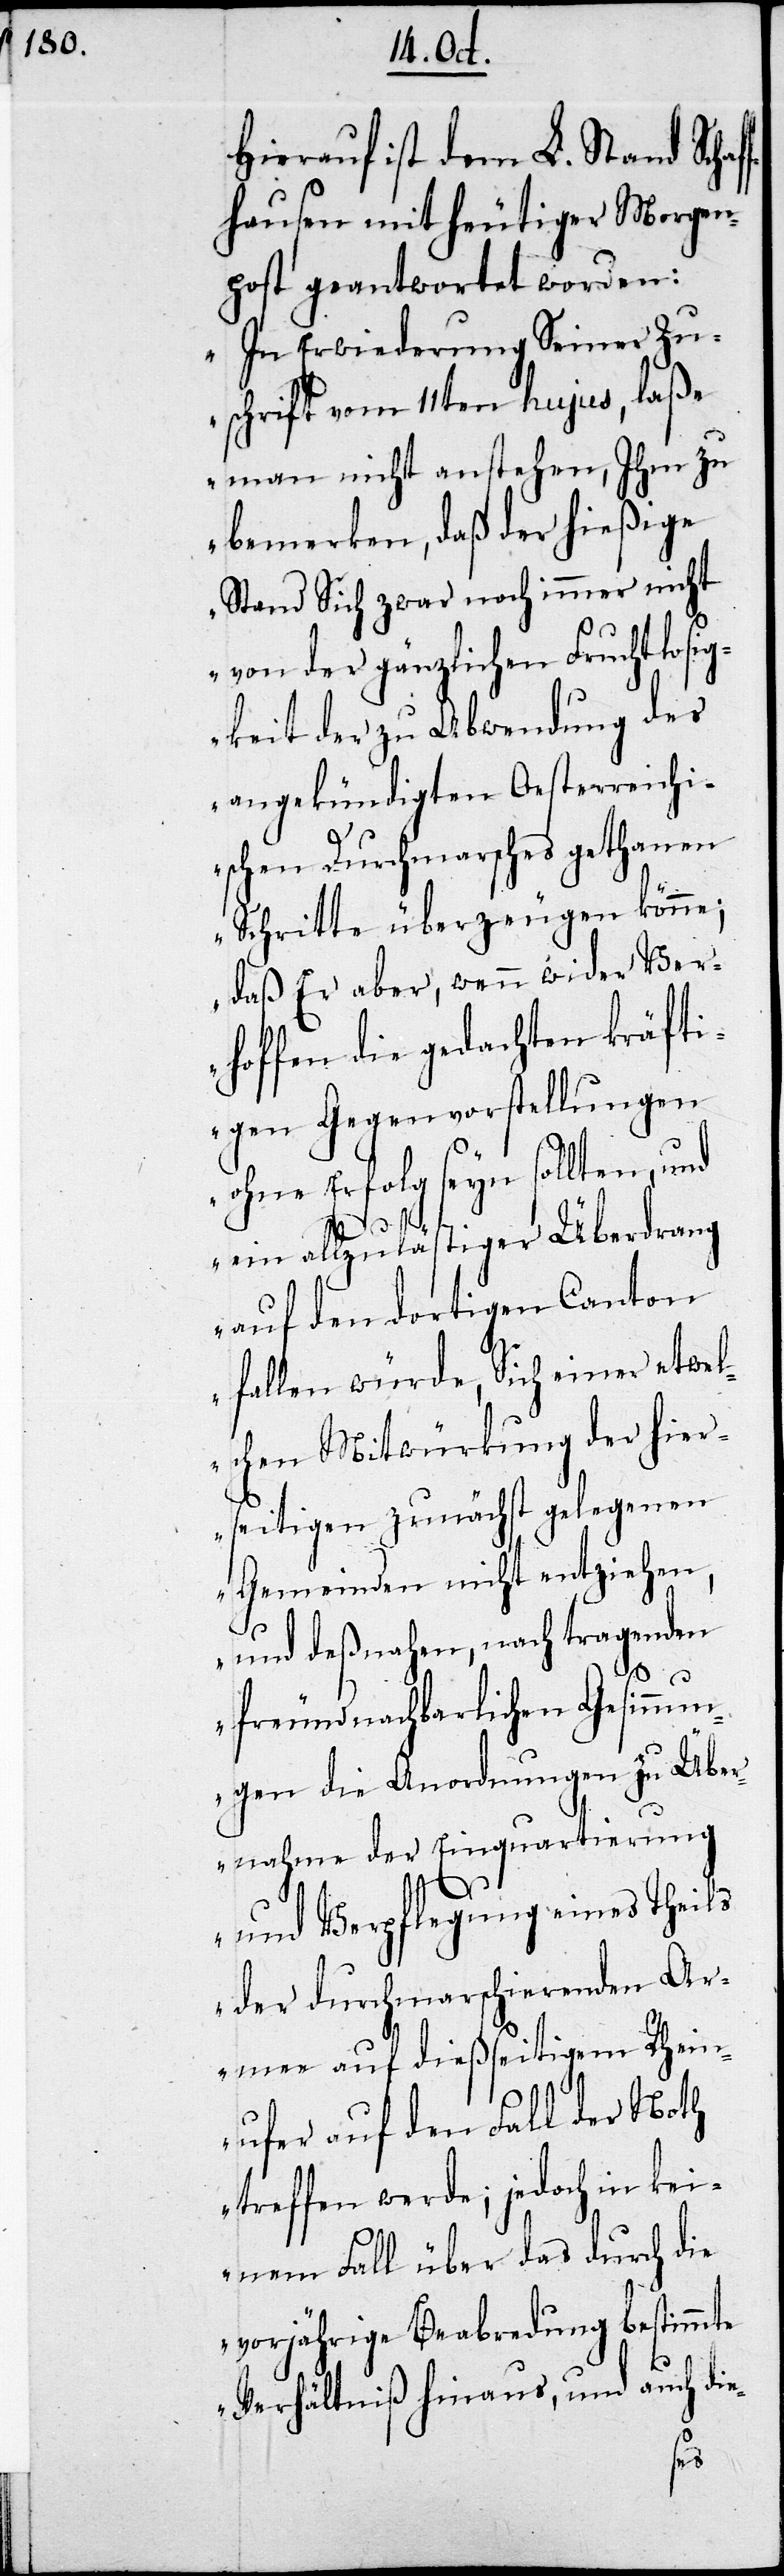
Hierauf ist dem L. Stand Schaf¬
fhausen mit heutiger Morgen¬
post geantwortet worden:
„In Erwiederung Seiner Zu¬
schrift vom 11ten hujus, laße
man nicht anstehen, Ihm zu
bemerken, daß der hießige
Stand Sich zwar noch immer nicht
von der gänzlichen Fruchtlosig¬
keit der zu Abwendung des
angekündigten Oesterreichi¬
schen Durchmarsches gethanen
Schritte überzeugen könne;
daß er aber, wenn wider Ver¬
hoffen die gedachten kräfti¬
gen Gegenvorstellungen
ohne Erfolg seyn sollten, u¬
nd ein allzulästiger Überdrang
auf den dortigen Canton
fallen würde, Sich einer etwel¬
chen Mitwürkung der hier¬
seitigen zunächst gelegenen
Gemeinden nicht entziehen,
und deßnahen, nach tragenden
freundnachbarlichen Gesinnun¬
gen die Anordnungen zu Übe¬
rnahme der Einquartierung
und Verpflegung eines Theils
der durchmarschierenden Ar¬
mee auf dießeitigem Rhein¬
ufer auf den Fall der Noth
treffen werde; jedoch in kei¬
nem Falle über das durch die
vorjährige Beabredung bestimmte
Verhältniß hinaus, und auch die-